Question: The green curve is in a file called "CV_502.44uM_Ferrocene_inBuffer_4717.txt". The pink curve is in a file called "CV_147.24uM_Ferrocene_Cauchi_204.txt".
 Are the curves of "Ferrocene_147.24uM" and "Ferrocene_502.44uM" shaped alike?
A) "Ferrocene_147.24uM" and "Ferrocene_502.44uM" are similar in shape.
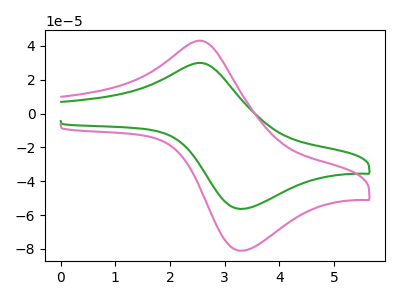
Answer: <think>The green curve "Ferrocene_502.44uM" has an anodic peak at (2.55V, 30.00uA) and a cathodic peak at (3.35V, -56.35uA). The pink curve "Ferrocene_147.24uM" has an anodic peak at (2.55V, 43.10uA) and a cathodic peak at (3.35V, -81.10uA).
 All the peaks in "Ferrocene_147.24uM" have a peak in "Ferrocene_502.44uM" at the same potential. Every peak in "Ferrocene_147.24uM" is higher than every peak in "Ferrocene_502.44uM".</think>
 <answer>A) "Ferrocene_147.24uM" and "Ferrocene_502.44uM" are similar in shape.</answer>
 <eval>A</eval>